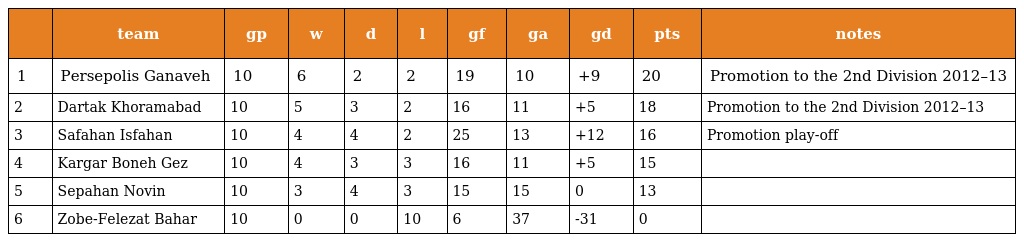
|  | team | gp | w | d | l | gf | ga | gd | pts | notes |
 | --- | --- | --- | --- | --- | --- | --- | --- | --- | --- | --- |
 | 1 | Persepolis Ganaveh | 10 | 6 | 2 | 2 | 19 | 10 | +9 | 20 | Promotion to the 2nd Division 2012–13 |
 | 2 | Dartak Khoramabad | 10 | 5 | 3 | 2 | 16 | 11 | +5 | 18 | Promotion to the 2nd Division 2012–13 |
 | 3 | Safahan Isfahan | 10 | 4 | 4 | 2 | 25 | 13 | +12 | 16 | Promotion play-off |
 | 4 | Kargar Boneh Gez | 10 | 4 | 3 | 3 | 16 | 11 | +5 | 15 |  |
 | 5 | Sepahan Novin | 10 | 3 | 4 | 3 | 15 | 15 | 0 | 13 |  |
 | 6 | Zobe-Felezat Bahar | 10 | 0 | 0 | 10 | 6 | 37 | -31 | 0 |  |